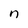
Character: n